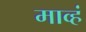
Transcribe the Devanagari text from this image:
माव्हं